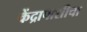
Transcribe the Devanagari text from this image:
केंद्रापाशीचा